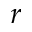
r